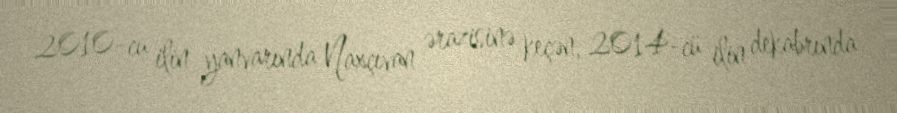
2010-cu ilin yanvarında Naxçıvan ərazisinə keçən, 2014-cü ilin dekabrında